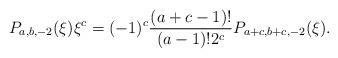
LaTeX: \begin{align*}P_{a,b,-2}(\xi)\xi^c=(-1)^c \frac{(a+c-1)!}{(a-1)!2^c} P_{a+c,b+c,-2}(\xi).\end{align*}